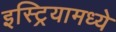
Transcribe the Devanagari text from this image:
इस्ट्रियामध्ये